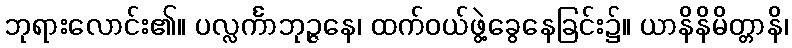
ဘုရားလောင်း၏။ ပလ္လင်္ကာဘုဉ္ဇနေ၊ ထက်ဝယ်ဖွဲ့ခွေနေခြင်း၌။ ယာနိနိမိတ္တာနိ၊